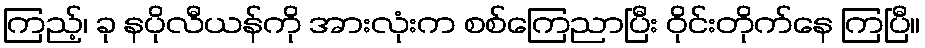
ကြည့်၊ ခု နပိုလီယန်ကို အားလုံးက စစ်ကြေညာပြီး ဝိုင်းတိုက်နေ ကြပြီ။